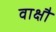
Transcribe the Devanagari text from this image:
वाक्षौ